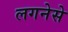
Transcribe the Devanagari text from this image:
लगनेसे